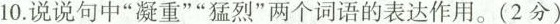
10.说说句中”凝重””猛烈”两个词语的表达作用。(2分)